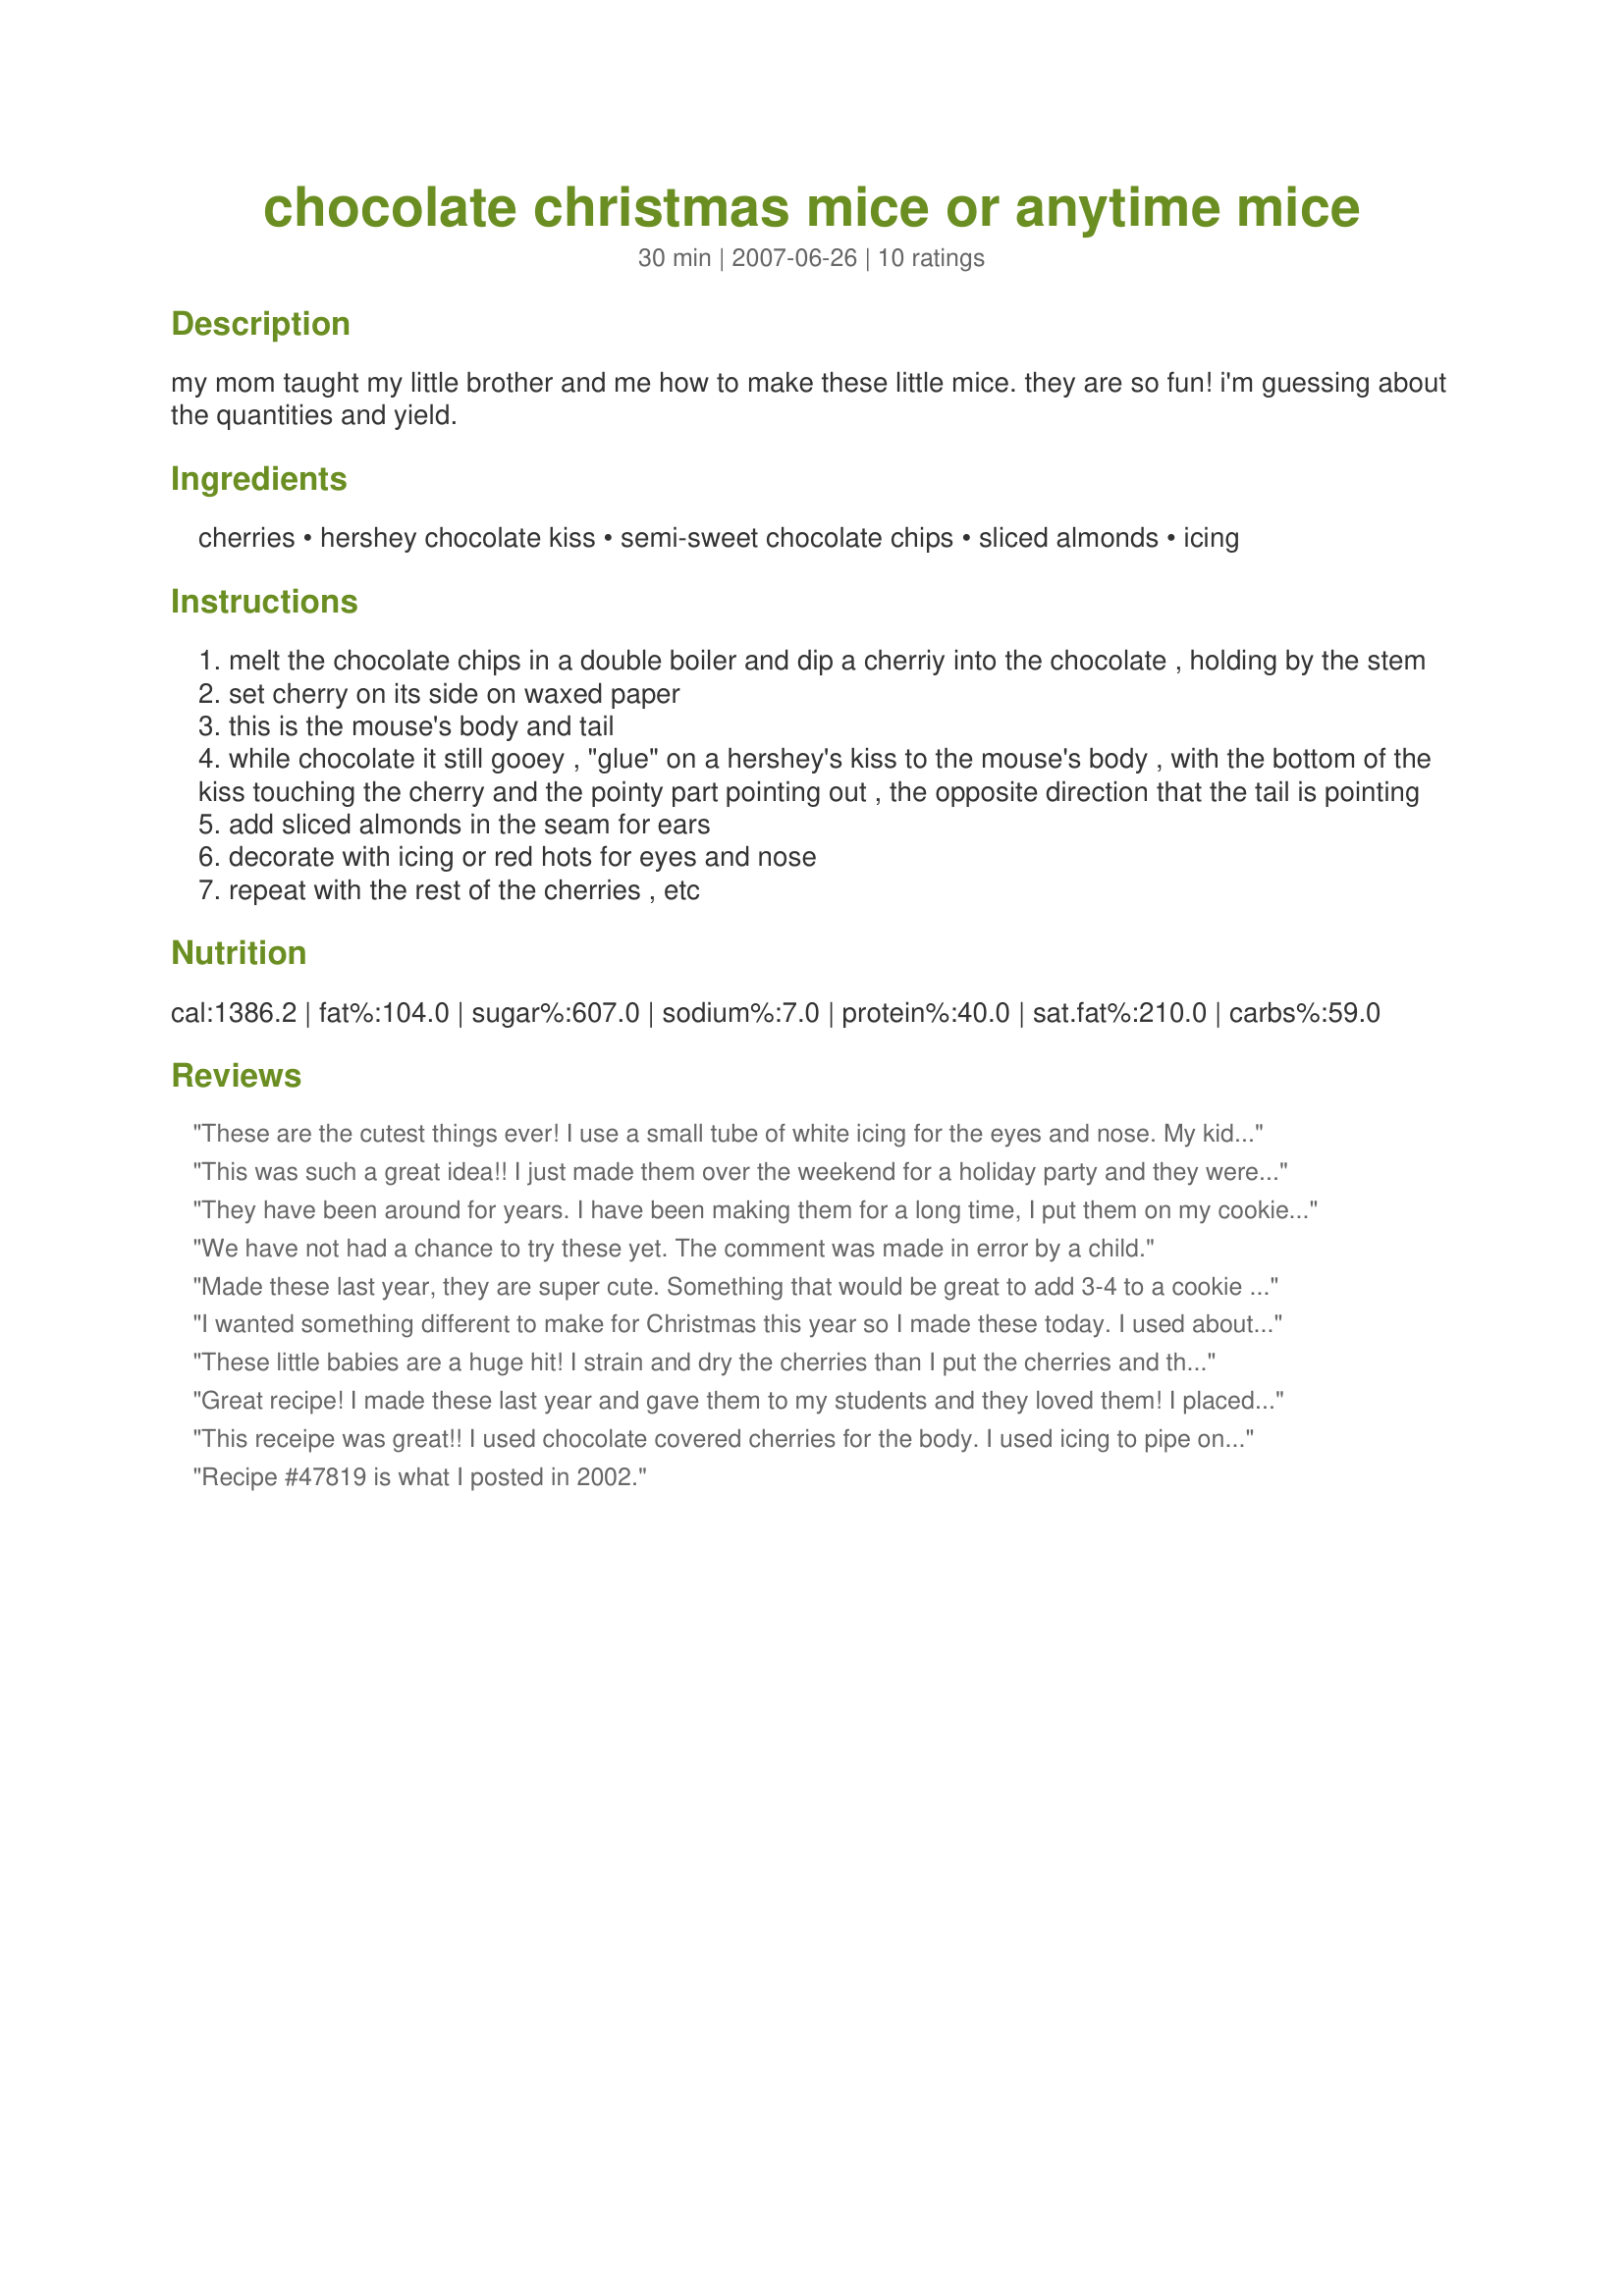
chocolate christmas mice or anytime mice
Preparation time: 30 minutes

my mom taught my little brother and me how to make these little mice. they are so fun! i'm guessing about the quantities and yield.

Ingredients:
cherries, hershey chocolate kiss, semi-sweet chocolate chips, sliced almonds, icing

Steps:
melt the chocolate chips in a double boiler and dip a cherriy into the chocolate , holding by the stem
set cherry on its side on waxed paper
this is the mouse's body and tail
while chocolate it still gooey , "glue" on a hershey's kiss to the mouse's body , with the bottom of the kiss touching the cherry and the pointy part pointing out , the opposite direction that the tail is pointing
add sliced almonds in the seam for ears
decorate with icing or red hots for eyes and nose
repeat with the rest of the cherries , etc

Reviews:
These are the cutest things ever! I use a small tube of white icing for the eyes and nose. My kids love to make these, and these are a huge hit at work! We buy a big jar of cherries at Sam's or Cosco's because it's cheaper than the little jars from the local grocery store. Make lots cuz they go fast. Thank you for sharing.
This was such a great idea!! I just made them over the weekend for a holiday party and they were a hit!! They taste great and are so cute : ) My only recommendation is to google "how to melt chocolate" before attempting to melt it on your own ; ) I used the cherry Hershey's Kisses - delicious!
They have been around for years. I have been making them for a long time, I put them on my cookie trays and everyone loves them.
We have not had a chance to try these yet. The comment was made in error by a child.
Made these last year, they are super cute. Something that would be great to add 3-4 to a cookie tray. More of a novelty, that a taste so good thing...not that it tastes bad, but cuter than the flavor factor
I wanted something different to make for Christmas this year so I made these today. I used about 6 oz. (1 cup) of semi-sweet chocolate morsels and about 1 1/2- 2 tbs. shortening and melted them in a double boiler (actually a pan sitting on top of hot water). The only thing that was hard was putting the "ears" between the cherries and Hershey kisses and getting them to stay. But, after refrigeration, they looked just like the photo. I plan on putting these with my other Christmas cookies. They taste fantastic.
These little babies are a huge hit! I strain and dry the cherries than I put the cherries and the kisses (cherry flavored kisses) in the fridge til cold. I dip the cold cherries in the chocolate and put the cold kisses on they firm up very quickly. The ears are the crowning glory. Thanks for a great recipe people start asking me for them in October!
Great recipe! I made these last year and gave them to my students and they loved them! I placed each mouse on half of a double stuffed oreo while assembling so he looks like he's on snow. Then i placed each one in a white muffin paper, wrapped in seran and tied the top with ribbon. These are really cute and if you do them in assembly style they go fairly quickly. Thanks for sharing!
This receipe was great!! I used chocolate covered cherries for the body. I used icing to pipe on the tails. I used candy stars for the eyes. They were soooo easy for my daughter and I to make. They were also very cute, a hit at the family Christmas party.
Recipe #47819 is what I posted in 2002.
